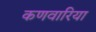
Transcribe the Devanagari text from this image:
कणवारिया